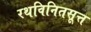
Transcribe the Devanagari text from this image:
रथविनितसूत्त